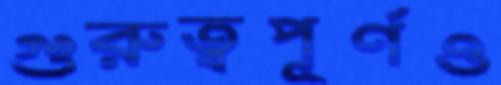
গুরুত্বপূর্ণও